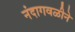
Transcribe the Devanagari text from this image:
नंदागवळीने